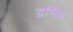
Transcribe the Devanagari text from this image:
द्रमिड